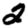
Digit: 2